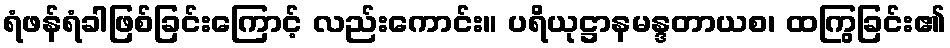
ရံဖန်ရံခါဖြစ်ခြင်းကြောင့် လည်းကောင်း။ ပရိယုဋ္ဌာနမန္ဒတာယစ၊ ထကြွခြင်း၏